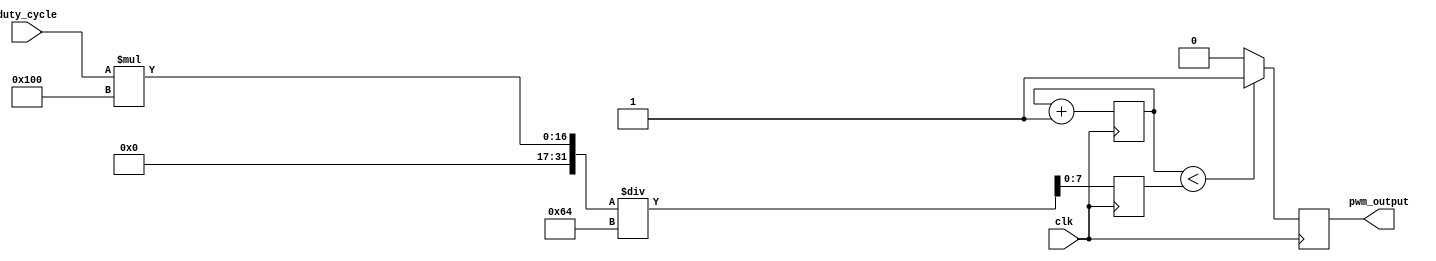
module PWM_generator (
    input wire clk,
    input wire [7:0] duty_cycle,
    output reg pwm_output
);

reg [7:0] threshold;
reg [7:0] counter;

always @ (posedge clk) begin
    counter <= counter + 1;

    if (counter < threshold) begin
        pwm_output <= 1;
    end else begin
        pwm_output <= 0;
    end
end

always @ (posedge clk) begin
    threshold <= (duty_cycle * 256) / 100; // Calculate threshold value based on duty cycle
end

endmodule